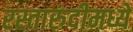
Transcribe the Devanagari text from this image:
रस्तारुंदीमध्ये